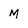
Character: m